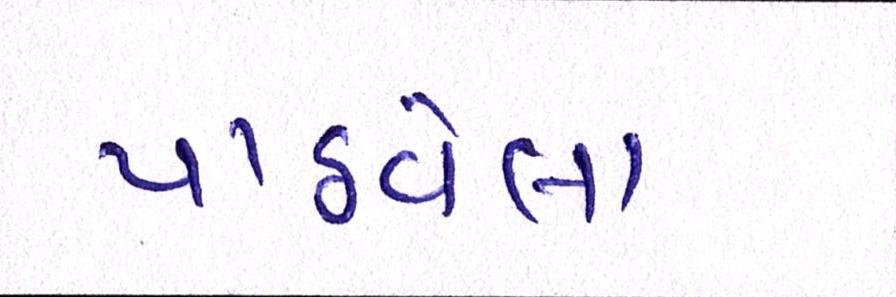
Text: પાઠવેલા